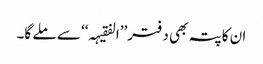
ان کا پتہ بھی دفتر’’ا لفقیہہ‘‘ سے ملے گا۔